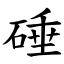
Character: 硾